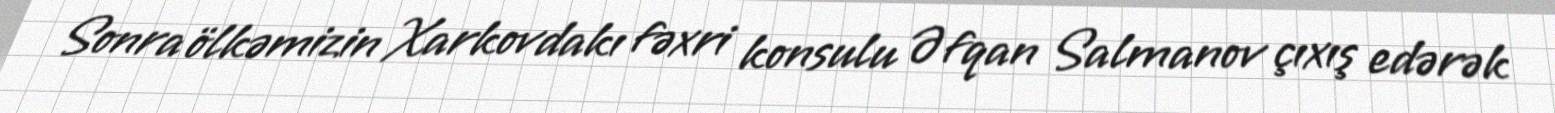
Sonra ölkəmizin Xarkovdakı fəxri konsulu Əfqan Salmanov çıxış edərək